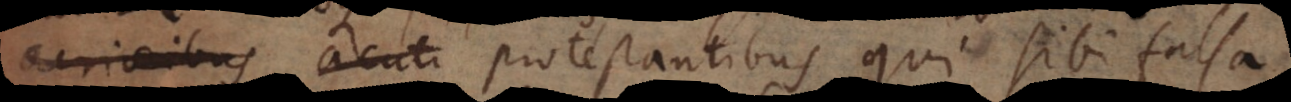
acrioribus acuti protestantibus qui sibi fals